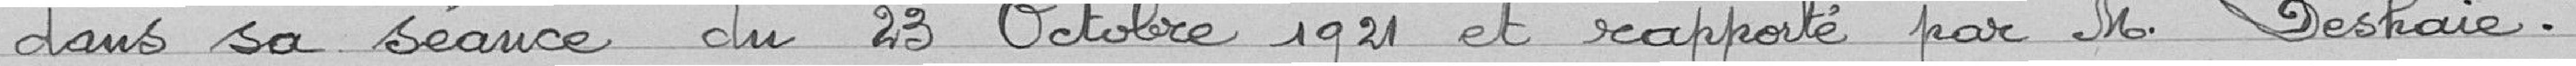
dans sa séance du 23 octobre 1921 et rapporté par Monsieur Deshaie.